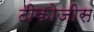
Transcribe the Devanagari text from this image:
टीकोजीस